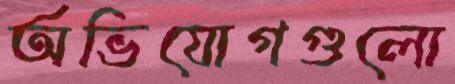
অভিযোগগুলো